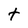
Character: t